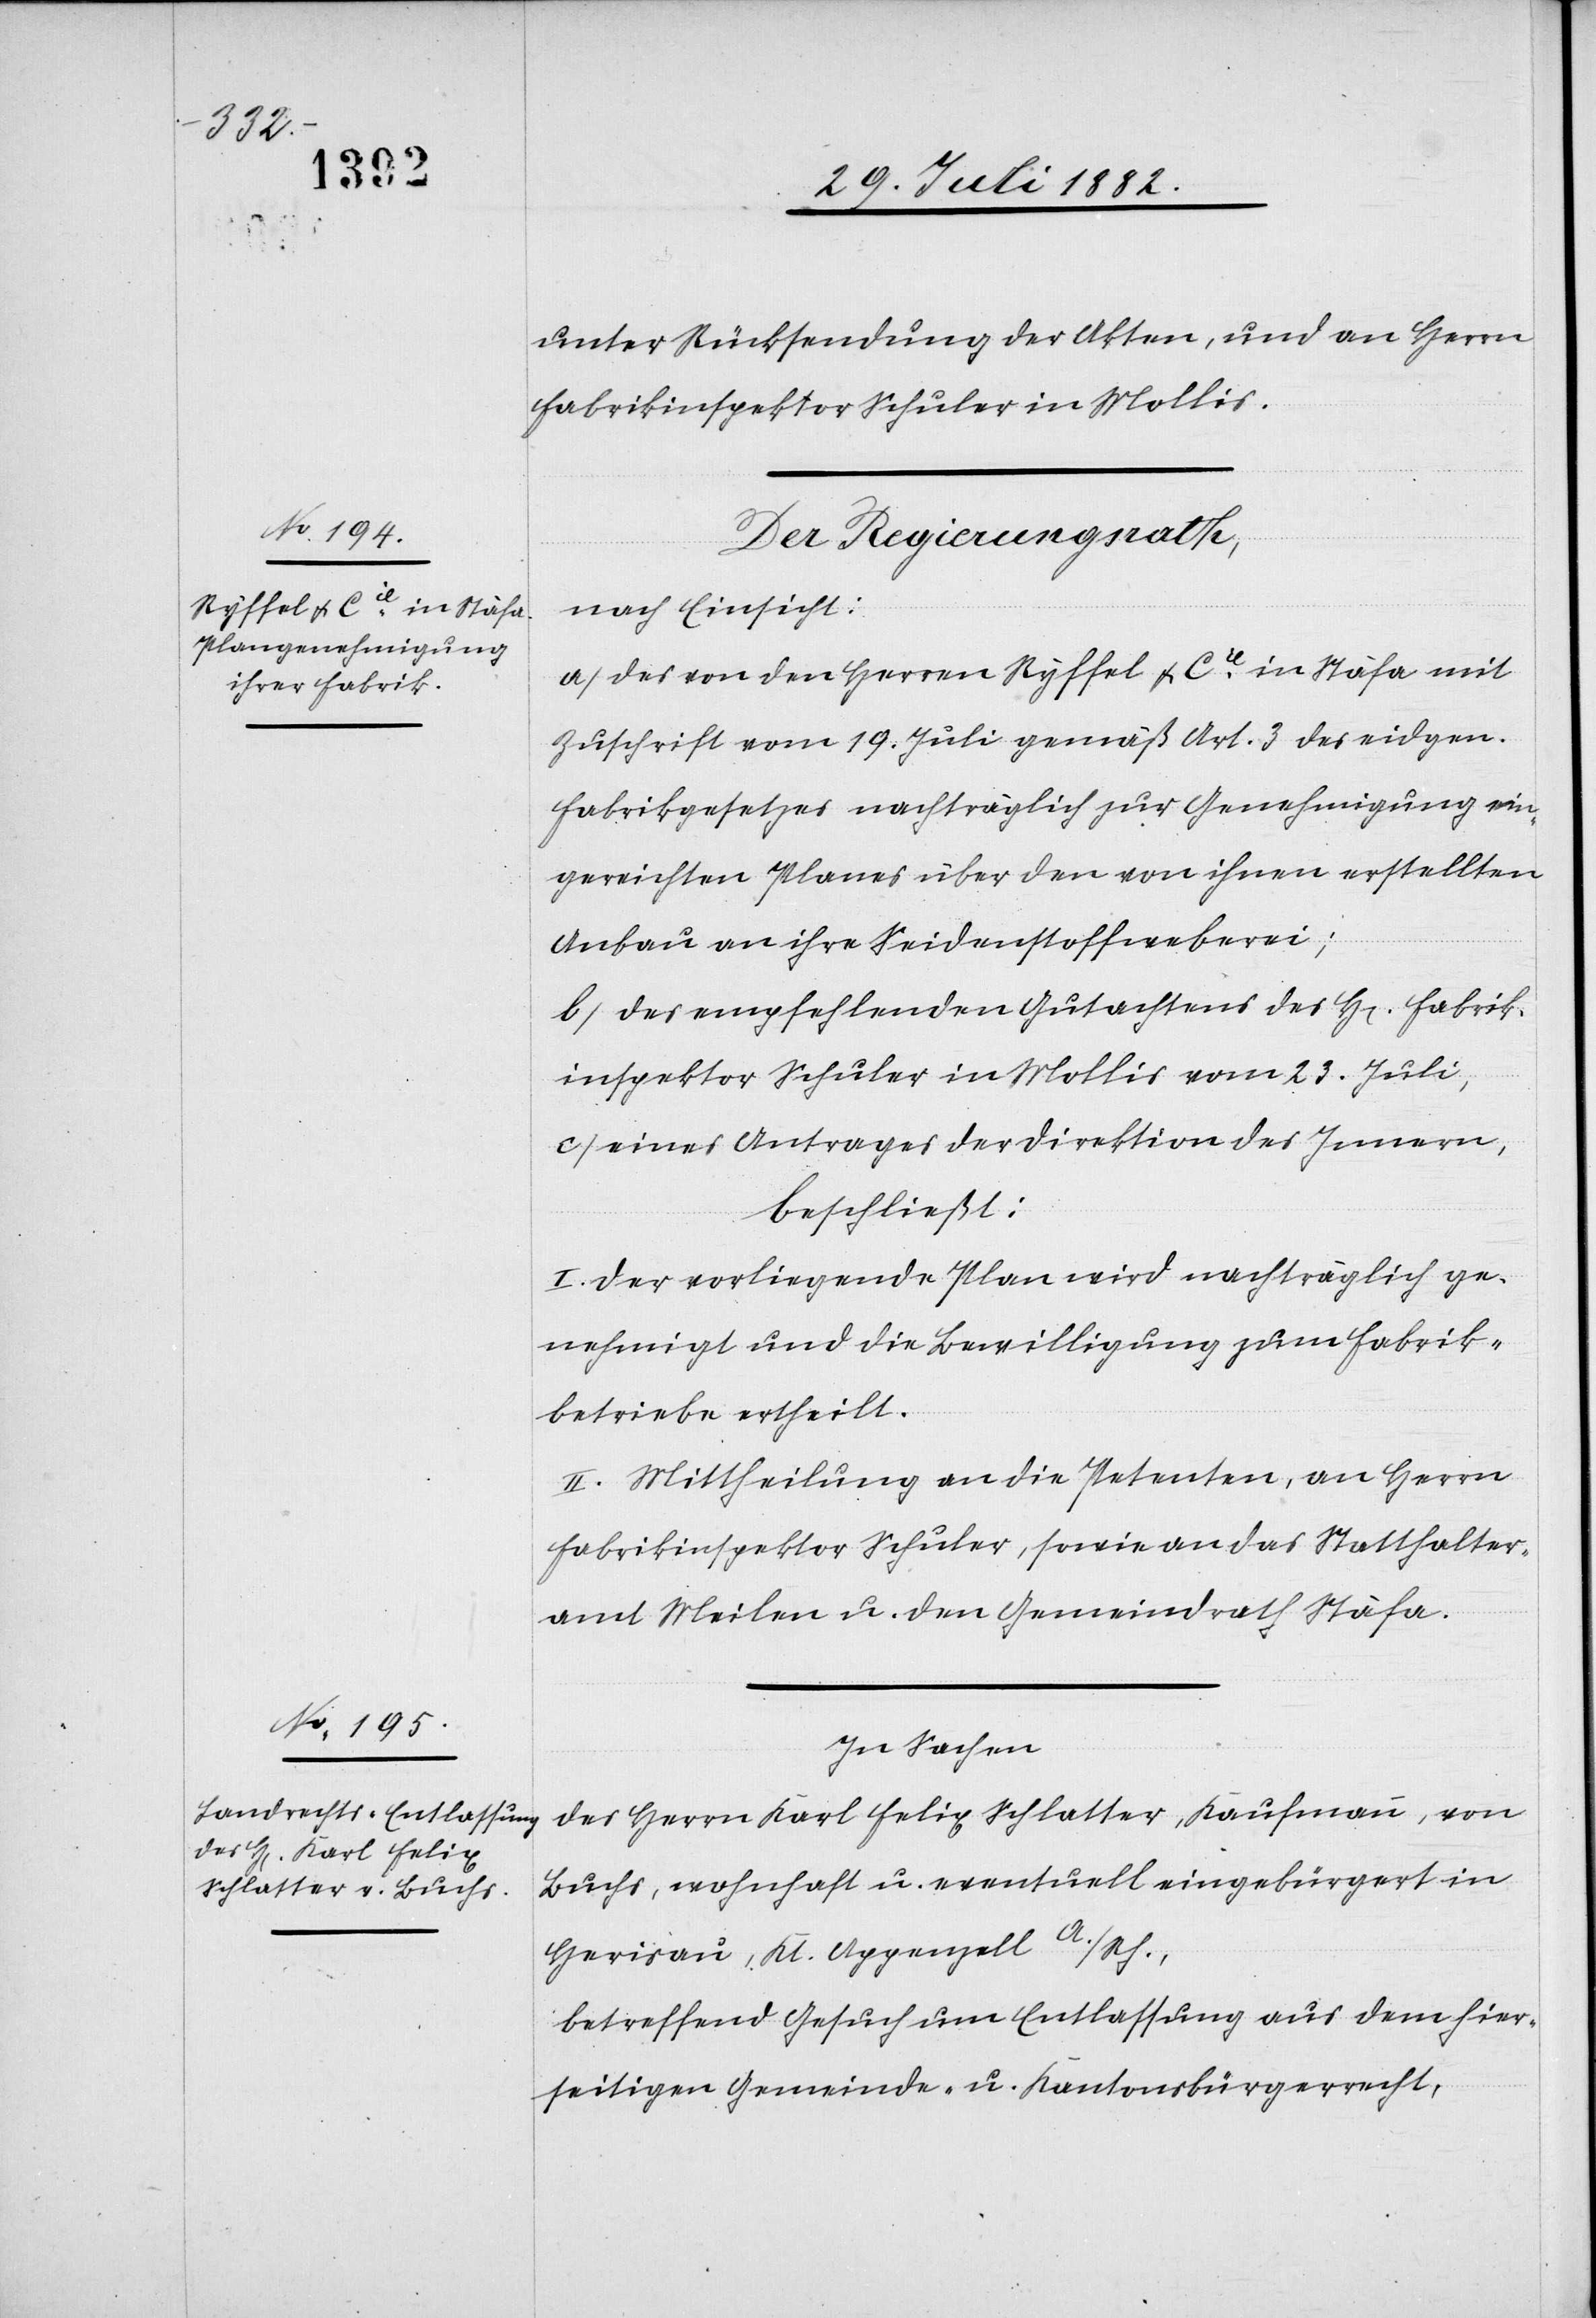
unter Rücksendung der Akten, und an Herrn
Fabrikinspektor Schuler in Mollis.
Der Regierungsrath,
nach Einsicht:
a) des von den Herren Ryffel & Cie in Stäfa mit
Zuschrift vom 19. Juli gemäß Art. 3 des eidgen.
Fabrikgesetzes nachträglich zur Genehmigung ein¬
gereichten Planes über den von ihnen erstellten
Anbau an ihre Seidenstoffweberei;
b) des empfehlende Gutachtens des H[en] Fabrik¬
inspektor Schuler in Mollis vom 23. Juli,
c) eines Antrages der Direktion des Innern,
beschließt:
I. Der vorliegende Plan wird nachträglich ge¬
nehmigt und die Bewilligung zum Fabrik¬
betriebe ertheilt.
II. Mittheilung an die Petenten, an Herrn
Fabrikinspektor Schuler, sowie an das Statthalter¬
amt Meilen u. den Gemeindrath Stäfa.
In Sachen
des Herrn Karl Felix Schlatter, Kaufmann, von
Buchs, wohnhaft u. eventuell eingebürgert in
Herisau, Kt. Appenzell A./Rh.,
betreffend Gesuch um Entlassung aus dem hier¬
seitigen Gemeinde- u. Kantonsbürgerrecht,